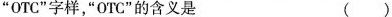
”OTC”字样，”OTC”的含义是（）